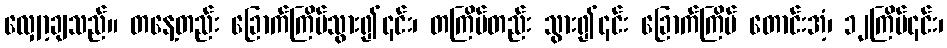
လျှော့ချသည်။ တနေ့တည်း ခြောက်ကြိမ်သွား၍၎င်း၊ တကြိမ်တည်း သွား၍၎င်း ခြောက်ကြိမ် တောင်းအံ့၊ ၁၂ကြိမ်၎င်း၊